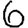
Digit: 6